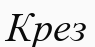
Крез